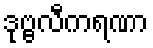
ဒုဗ္ဗလီကရဏာ